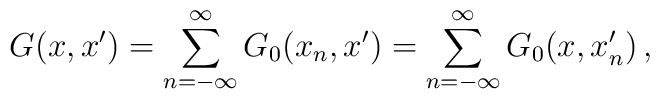
G(x,x') = \sum_{n = -\infty}^{\infty} G_0(x_n, x') = \sum_{n = -\infty}^{\infty} G_0(x, x'_n)\,,